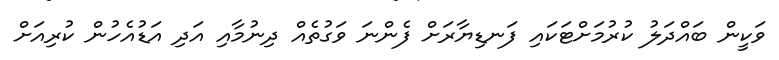
ވަކީން ބައްދަލު ކުރުމަށްޓަކައި ފަނޑިޔާރަށް ފެންނަ ވަގުތެއް ދިނުމާއި އަދި އަޑުއެހުން ކުރިއަށް